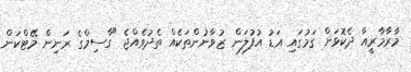
މާރާމާރީއާ ދެކޮޅަށް ގަމުގައި އަޑު އުފުލަން ޒުވާނުންތަކެއް ތެދުވެއްޖެ "ގާސިމްގެ ރަނިން މޭޓްކަން